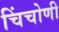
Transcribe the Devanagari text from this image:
चिंचोणी